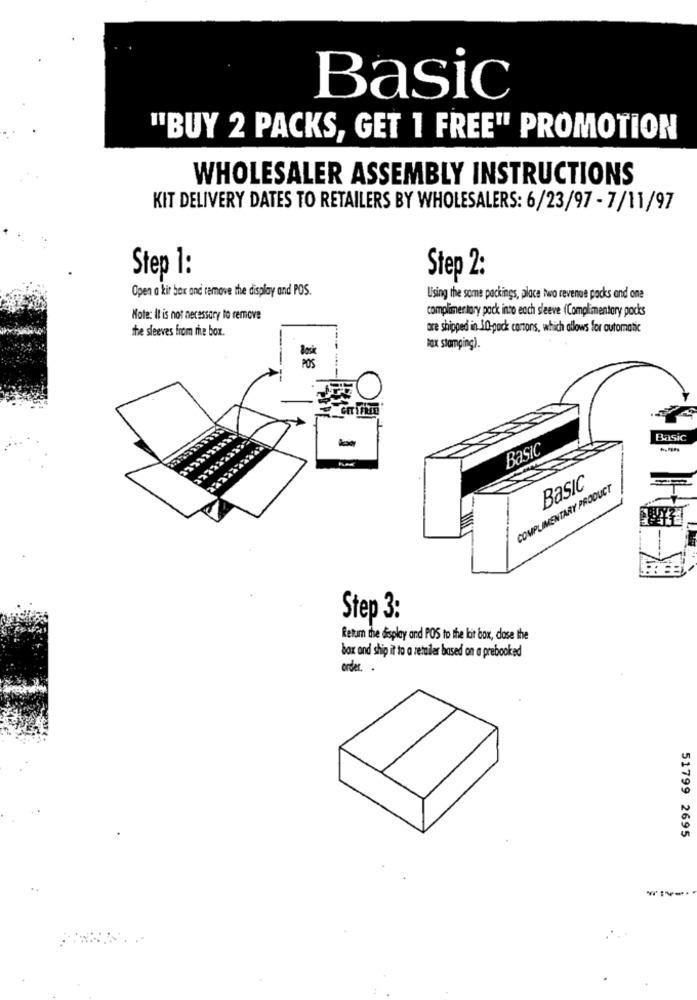
Basic
"BUY 2 PACKS, GET 1 FREE" PROMOTION
WHOLESALER ASSEMBLY INSTRUCTIONS
KIT DELIVERY DATES TO RETAILERS BY WHOLESALERS: 6/23/97 - 7/11/97
Step 1:
Step 2:
Open a kir box and remove the display and POS.
Using the some packings, place two revenue packs and one
Note: It is not necessary to remove
complimentary pack into each sleeve (Complimentary pocks
the sleeves from the box.
are shipped in 10-pack corons, which allows for automatic
lax stamping).
Basic
Basic
Basic
COMPLIMENTARY PRODUCT
Step 3:
Return the display and POS to the bit box, dose the
box and ship it to a retailer based on a prebooked
order. .
51799 2695